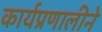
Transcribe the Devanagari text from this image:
कार्यप्रणालीने